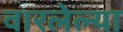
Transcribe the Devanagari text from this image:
वारलेल्या